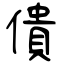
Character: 僓